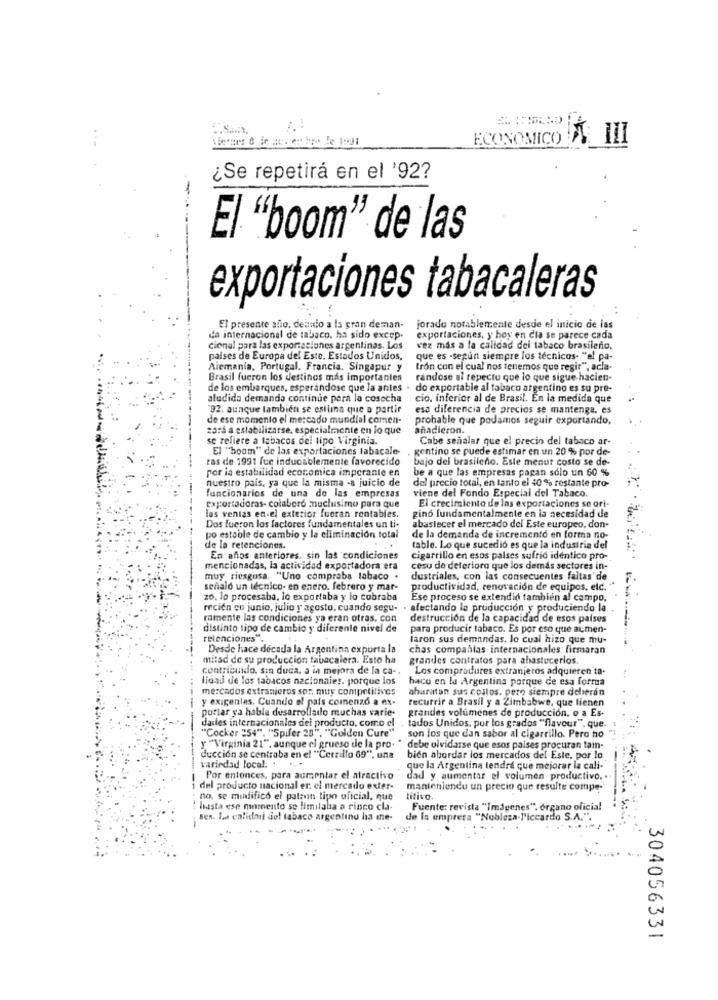
ECONOMICO
-
¿Se repetirá en el '92?
El "boom" de las
exportaciones tabacaleras
El presente allo. deaudio a la gran deman-
jorado notablemente desde el inicio de las
da internacional de tabaco. ha sido excep.
exportaciones, y hoy en Cla se parece cada
cional para las exportaciones argentinas. Los
vez mas a la calidad del tabaco brasileño.
paises de Europa del Este. Estados Unidos,
que es -segun siempre los técnicos. "el pa-
Alemania, Portugal, Francia. Singapur y
tron con el cual nos tenemos que regir", acla-
Brasil fueron los destinos mas importantes
randose al repecto que lo que sigue hacien-
de los embarques, esperandose que la anles . do exportable al tabaco argentino es su pre-
aludida demanda continue para la cosecha
cio, inferior al de Brasil. En la medida que
92. aunque también se estima que a partir
esa diferencia de precios se mantenga. es
de ese momento el mercado mundial comen-
probable que podamos seguir exportando,
zars a estabilizarse, especialmente en lo que
añadieron.
se refiere a labacos del tipo Virginia.
Cabe señalar que el precio del tabaco ar-
El ""boom" de las exportaciones labacale-
gentino se puede estimar en un 20 % por de-
ras de 1991 fue indudablemente favorecido
bajo del brasileno. Este menor costo se de-
por ia estabilidad economica imperanie en
be a que las empresas pagan solo un 60 %
nuestro pais, ya que la misma -a juicio de
del precio total, en tanto el 40% restante pro-
-
funcionarios de una de las empresas
exportadoras- colabore muchisimo para que
viene del Fondo Especial del Tabaco.
El crecimiento de las exportaciones se ort-
las ventas en-el exterior fueran rentables.
gino fundamentalmente en la necesidad de
Dos fueron los factores fundamentales un ti-
abastecer el mercado del Este europeo. don-
po estoble de cambio y la eliminación total
de la demanda de incremento en forma no-
de la retenciones.
table. Lo que sucedió es que la industria del
En añitos anteriores, sin las condiciones
cigarrillo en esos paises sufrió identico pro-
mencionadas, la actividad exportadora era
cesu de deterioro que los demás sectores in-
muy riesgosa. "Uno compraba tabaco .
dustriales, con las consecuentes faltas de
señaló un técnico- en enero. febrero y mar-
productividad, renovación de equipos. elc. ""
zo, lo procesaba, lo exportaba y lo cobraba
Ese proceso se extendió también al campo,
recien en junio, julio y agosto, cuando sesu-
afectando la producción y produciendo la
ramente las condiciones ya eran otras. con
destrucción de la capacidad de esos países
distinto tipo de cambio y diferente nivel de
para producir tabaco. Es por eso que aumen-
retenciones .
laron sus demandas. lo cual hizo que mu-
Desde hace decada la Argentina exporta la
chas compallas internacionales firmaran
mitad de su produccion tabacalera. Esto ha
grandes contratos para abastecerios.
contribuidio. sin duda. a in mejora de la ca- .
Los compradores extranjeros adquieren ta-
lidad de los tabacos nacionales. porque los
hace en la Argentina porque de esa forma
mercados extranjeros sor, muy competitivos
abaratan sus coslos. pero siempre deberán
y exigenlas. Cuando el pais comenzó a ex-
recurrir a Brasil y a Zimbabwe, que tienen
portar ya habla desarrollado muchas varie-
grandes volúmenes de producción. o a Es-
dades internacionales dei producto, como el
tados Unidos, por los grados "flavour", que
"Cocker 254". "Spifer 28", "Golden Cure"
son los que dan sabor al cigarrillo. Pero no
y "Virginia 21", aunque el grueso de la pro-
debe olvidarse que esos paises procuran tam-
ducción se centraba en el "Cerrillo 09", una
bien abordar los mercados del Este, por lo
variedad local: +
que la Argentina lendre que mejorar la cali-
Por entonces, para aumentar el atractivo
dad y aumentar el volumen productivo.
del producto nacional er el mercado exter-
manteniendo un precio que resulte compe-
no. se mudifico el patron tipo oficial, que
hasta ese momento se limilaba a cinco cla-
Fuente: revista "Imágenes". órgano oficial
sen. la calidari dol tabaco argentino ha ine-
de la empresa "Nobleza-l'iccardo S.A.".
304056331